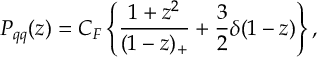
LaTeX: P _ { q q } ( z ) = C _ { F } \left\{ { { \frac { 1 + z ^ { 2 } } { ( 1 - z ) _ { + } } } + { \frac { 3 } { 2 } } \delta ( 1 - z ) } \right\} ,